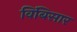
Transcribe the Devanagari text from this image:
विंबिसार